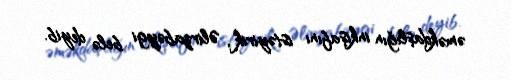
əməkdaşlığın inkişafını istəyirik“, Əlirzabəygi belə deyib.